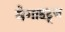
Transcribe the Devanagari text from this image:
मेगाहट्र्ज